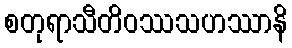
စတုရာသီတိဝဿသဟဿာနိ